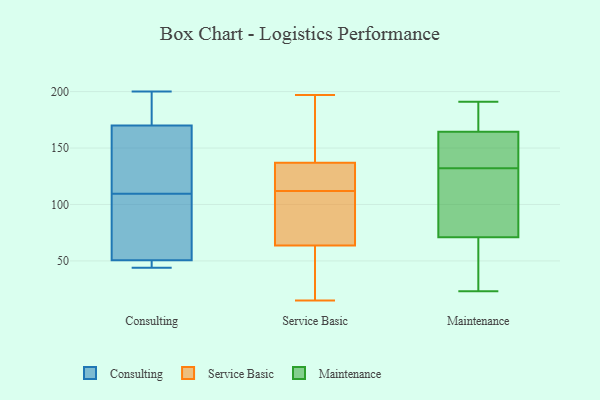
{"axis": {"x": "Active Users", "y": "Value"}, "legend": ["Consulting", "Maintenance", "Service Basic"], "data": [{"x": "", "y": 200, "type": "Consulting"}, {"x": "", "y": 99, "type": "Consulting"}, {"x": "", "y": 199, "type": "Consulting"}, {"x": "", "y": 51, "type": "Consulting"}, {"x": "", "y": 165, "type": "Consulting"}, {"x": "", "y": 44, "type": "Consulting"}, {"x": "", "y": 64, "type": "Consulting"}, {"x": "", "y": 175, "type": "Consulting"}, {"x": "", "y": 47, "type": "Consulting"}, {"x": "", "y": 120, "type": "Consulting"}, {"x": "", "y": 132, "type": "Consulting"}, {"x": "", "y": 50, "type": "Consulting"}, {"x": "", "y": 84, "type": "Service Basic"}, {"x": "", "y": 112, "type": "Service Basic"}, {"x": "", "y": 129, "type": "Service Basic"}, {"x": "", "y": 68, "type": "Service Basic"}, {"x": "", "y": 42, "type": "Service Basic"}, {"x": "", "y": 15, "type": "Service Basic"}, {"x": "", "y": 124, "type": "Service Basic"}, {"x": "", "y": 183, "type": "Service Basic"}, {"x": "", "y": 95, "type": "Service Basic"}, {"x": "", "y": 135, "type": "Service Basic"}, {"x": "", "y": 143, "type": "Service Basic"}, {"x": "", "y": 51, "type": "Service Basic"}, {"x": "", "y": 21, "type": "Service Basic"}, {"x": "", "y": 197, "type": "Service Basic"}, {"x": "", "y": 147, "type": "Service Basic"}, {"x": "", "y": 124, "type": "Service Basic"}, {"x": "", "y": 68, "type": "Service Basic"}, {"x": "", "y": 116, "type": "Maintenance"}, {"x": "", "y": 165, "type": "Maintenance"}, {"x": "", "y": 23, "type": "Maintenance"}, {"x": "", "y": 144, "type": "Maintenance"}, {"x": "", "y": 163, "type": "Maintenance"}, {"x": "", "y": 77, "type": "Maintenance"}, {"x": "", "y": 181, "type": "Maintenance"}, {"x": "", "y": 132, "type": "Maintenance"}, {"x": "", "y": 191, "type": "Maintenance"}, {"x": "", "y": 69, "type": "Maintenance"}, {"x": "", "y": 47, "type": "Maintenance"}]}